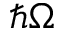
\hbar \Omega